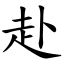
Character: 赴